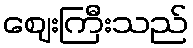
ဈေးကြီးသည်